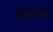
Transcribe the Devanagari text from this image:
झाडना